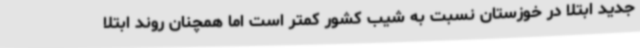
جدید ابتلا در خوزستان نسبت به شیب کشور کمتر است اما همچنان روند ابتلا